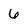
Character: 6